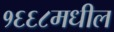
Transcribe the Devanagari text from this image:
१६६८मधील